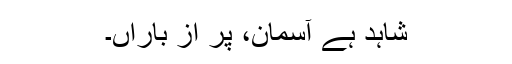
شاہد ہے آسمان، پُر از باراں۔